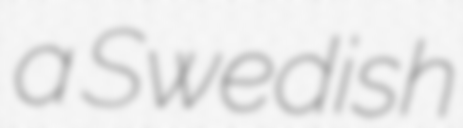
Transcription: a Swedish